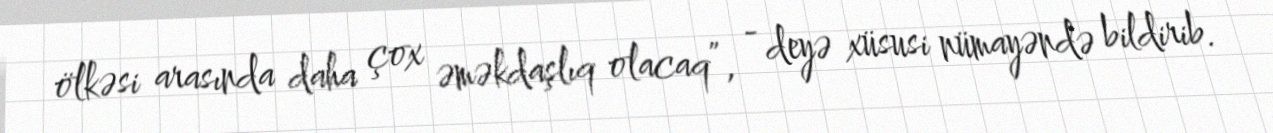
ölkəsi arasında daha çox əməkdaşlıq olacaq”, - deyə xüsusi nümayəndə bildirib.